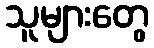
သူများတွေ